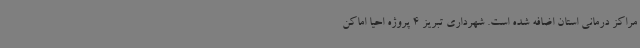
مراکز درمانی استان اضافه شده است. شهرداری تبریز 4 پروژه احیا اماکن